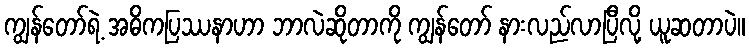
ကျွန်တော်ရဲ့ အဓိကပြဿနာဟာ ဘာလဲဆိုတာကို ကျွန်တော် နားလည်လာပြီလို့ ယူဆတာပဲ။